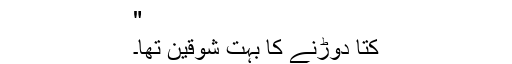
"
کتا دوڑنے کا بہت شوقین تھا۔